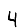
Digit: 4